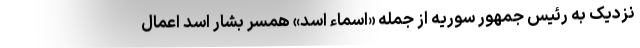
نزدیک به رئیس جمهور سوریه از جمله «اسماء اسد» همسر بشار اسد اعمال